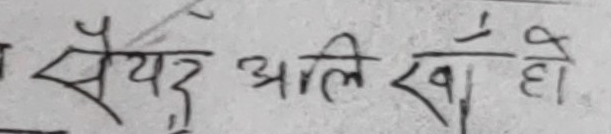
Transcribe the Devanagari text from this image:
सैयद अलि खो। हो